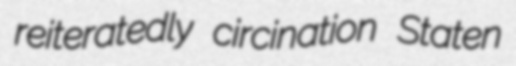
reiteratedly circination Staten